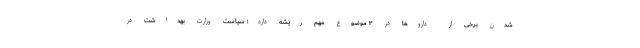
شدن برخی از داروها در ٣ موضوع مهم ریشه دارد؛ سیاست وزارت بهداشت در